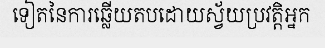
ទៀតនៃការឆ្លើយតបដោយស្វ័យប្រវត្តិអ្នក